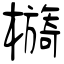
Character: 檹